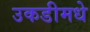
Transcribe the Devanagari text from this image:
उकडीमधे